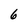
Character: 6